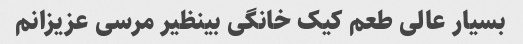
بسیار عالی طعم کیک خانگی بینظیر مرسی عزیزانم